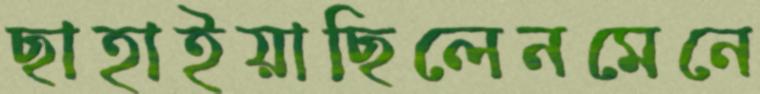
ছাহাইয়াছিলেনমেনে